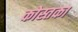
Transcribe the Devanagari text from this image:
कोस्तका